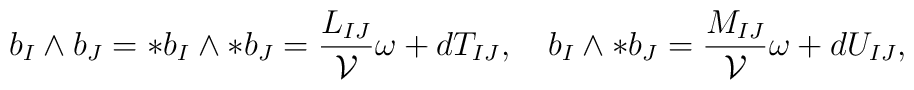
b_I\wedge b_J=\ast b_I\wedge \ast b_J=\frac{L_{IJ}}{\cal V}\omega +dT_{IJ},\quad  b_I\wedge \ast b_J=\frac{M_{IJ}}{\cal V}\omega +dU_{IJ},